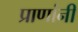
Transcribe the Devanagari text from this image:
प्राणांनी